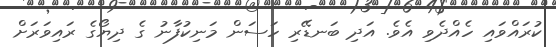
ކުރައްވައި ހެއްދެވި އެވެ. އަދި ބަނޑޭރި ހަސަން މަނިކުފާނު ގެ ދިޔޯގެ ރައިވަރަށް